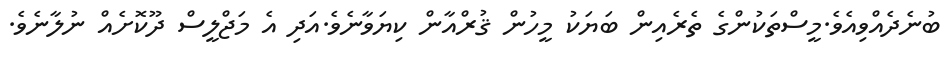
ބުނެދެއްވިއެވެ.މީސްތަކުންގެ ތެރެއިން ބަޔަކު މީހުން ޤުރްއާން ކިޔަވާނެވެ.އަދި އެ މަޖްލީސް ދޫކޮށެއް ނުލާނެވެ.